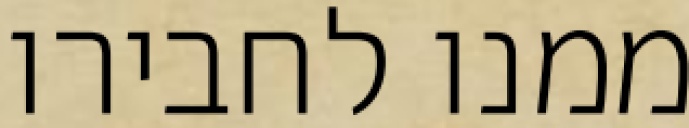
ממנו לחבירו